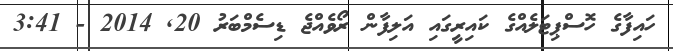
ހައިފާގެ ހޮސްޕިޓަލެއްގެ ކައިރީގައި އަލިފާން ރޯވެއްޖެ ޑިސެމްބަރު 20